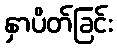
နှာပိတ်ခြင်း